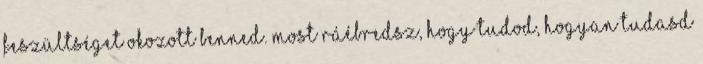
feszültséget okozott benned. Most ráébredsz, hogy tudod, hogyan tudasd